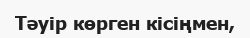
Тәуір көрген кісіңмен,